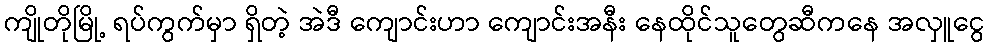
ကျိုတိုမြို့ ရပ်ကွက်မှာ ရှိတဲ့ အဲဒီ ကျောင်းဟာ ကျောင်းအနီး နေထိုင်သူတွေဆီကနေ အလှူငွေ